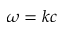
\omega = k c